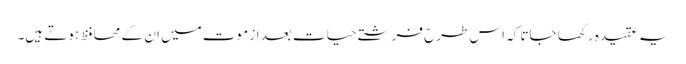
یہ عقیدہ رکھا جاتا کہ اس طرح فرشتے حیات بعد از موت میں ان کے محافظ ہوتے ہیں۔